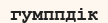
гумппдік